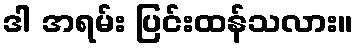
ဒါ အရမ်း ပြင်းထန်သလား။